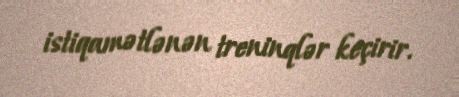
istiqamətlənən treninqlər keçirir.